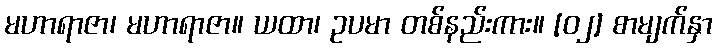
မဟာရာဇာ၊ မဟာရာဇာ။ ယထာ၊ ဥပမာ တစ်နည်းကား။ [၀၂] စာမျက်နှာ